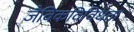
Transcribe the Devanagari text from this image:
जैविकविविधता